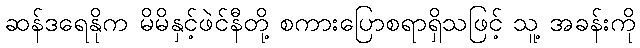
ဆန်ဒရေနိုက မိမိနှင့်ဖဲင်နီတို့ စကားပြောစရာရှိသဖြင့် သူ့ အခန်းကို